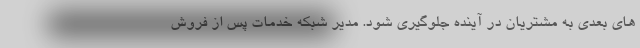
های بعدی به مشتریان در آینده جلوگیری شود. مدیر شبکه خدمات پس از فروش